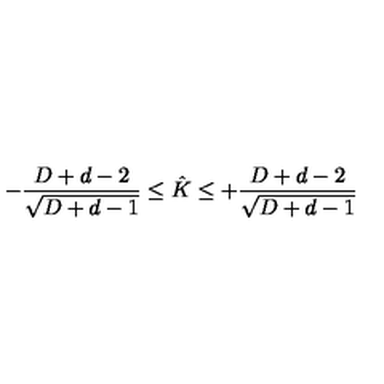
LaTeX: - \frac { D + d - 2 } { \sqrt { D + d - 1 } } \leq \hat { K } \leq + \frac { D + d - 2 } { \sqrt { D + d - 1 } }